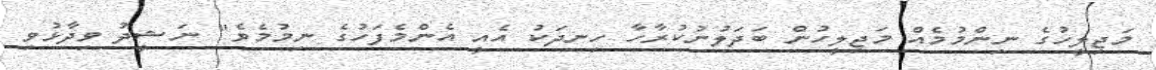
މަޖިލީހުގެ ނިންމުމެއް މަޖިލީހުން ބަދަލުނުކުރާހާ ހިނދަކު އެއީ އެންމެފަހުގެ ނިމުމެވެ" ނަޝީދު ވިދާޅުވި